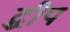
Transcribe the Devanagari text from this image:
द्धीप